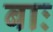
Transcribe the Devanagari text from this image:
बाः